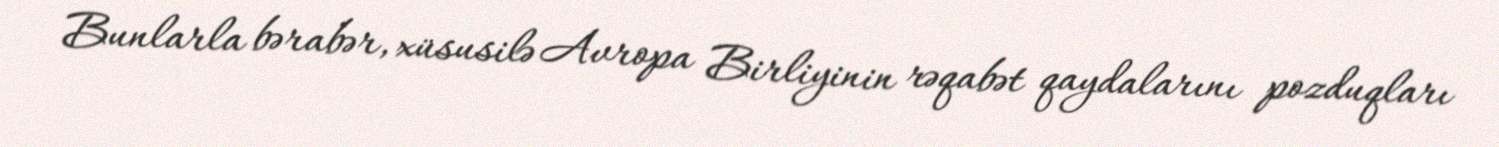
Bunlarla bərabər, xüsusilə Avropa Birliyinin rəqabət qaydalarını pozduqları